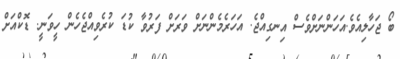
ބޯ ޖަހާލިއެވެ.އަހަންނަށްވެސް އިނގިއްޖެ. އަހަރެމެންނަށް ވަރަށް ފަރުވާ ކުޑަ ކުރެވިއްޖެހެން ހީވަނީ. ޑޮކްއަށް